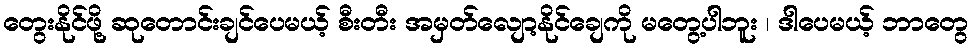
တွေးနိုင်ဖို့ ဆုတောင်းချင်ပေမယ့် စီးတီး အမှတ်လျော့နိုင်ချေကို မတွေ့ပါဘူး ၊ ဒါပေမယ့် ဘာတွေ